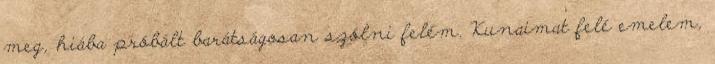
meg, hiába próbált barátságosan szólni felém. Kunaimat felé emelem,